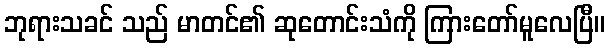
ဘုရားသခင် သည် မာတင်၏ ဆုတောင်းသံကို ကြားတော်မူလေပြီ။